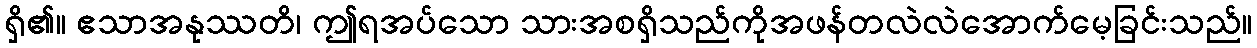
ရှိ၏။ ဧသာအနုဿတိ၊ ဤရအပ်သော သားအစရှိသည်ကိုအဖန်တလဲလဲအောက်မေ့ခြင်းသည်။